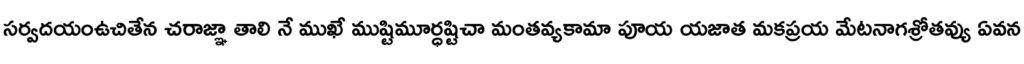
సర్వదయంఉచితేన చరాజ్ఞా తాలి నే ముఖే ముష్టిమూర్ధష్టిచా మంతవ్యకామా పూయ యజాత మకప్రయ మేటనాగశ్రోతవ్యు ఏవన